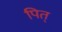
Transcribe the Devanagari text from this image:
पित्‌